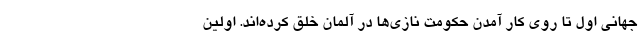
جهانی اول تا روی کار آمدن حکومت نازی‌ها در آلمان خلق کرده‌اند. اولین